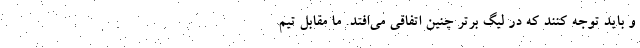
و باید توجه کنند که در لیگ برتر چنین اتفاقی می‌افتد. ما مقابل تیم